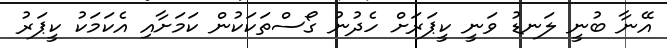
އޭނާ ބުނީ ލަނޑު ވަނީ ކީޕަރަށް ހެދުނު ގޯސްތަކަކުން ކަމަށާއި އެކަމަކު ކީޕަރު